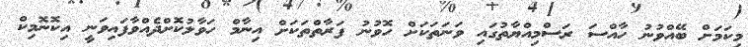
މިކަމަށް ބޭއްވުނު ހާއްސަ ރަސްމިއްޔާތުގައި ވަނަތަކަށް ހޮވުނު ފަރާތްތަކަށް އިނާމް ހަވާލުކޮށްދެއްވާފައިވަނީ އިކޮނޮމިކް